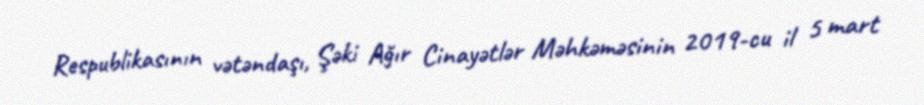
Respublikasının vətəndaşı, Şəki Ağır Cinayətlər Məhkəməsinin 2019-cu il 5 mart